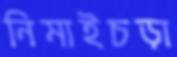
নিমাইচড়া